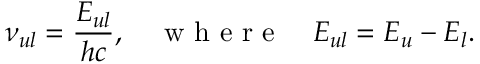
\nu _ { u l } = \frac { E _ { u l } } { h c } , \quad \mathrm { ~ w ~ h ~ e ~ r ~ e ~ } \quad E _ { u l } = E _ { u } - E _ { l } .